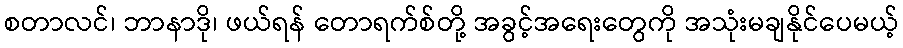
စတာလင်၊ ဘာနာဒို၊ ဖယ်ရန် တောရက်စ်တို့ အခွင့်အရေးတွေကို အသုံးမချနိုင်ပေမယ့်